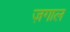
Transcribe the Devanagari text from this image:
ज़गाल